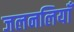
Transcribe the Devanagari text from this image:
जलनलियाँ